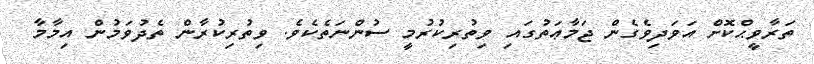
ތަރާވީޙްކޮށް އަވަދިވެގެން ޖަމާޢަތުގައި ވިތުރިކުރުމީ ސުންނަތެކެވެ. ވިތުރިކުރާން ތެދުވަމުން އިމާމާ